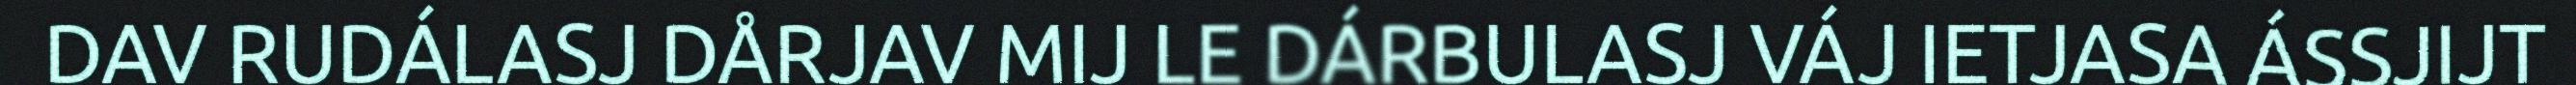
DAV RUDÁLASJ DÅRJAV MIJ LE DÁRBULASJ VÁJ IETJASA ÁSSJIJT